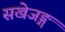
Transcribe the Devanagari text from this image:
सखेजङ्ग